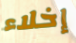
إخلاء